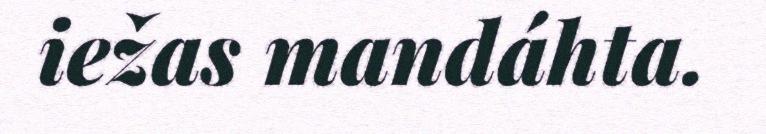
iežas mandáhta.